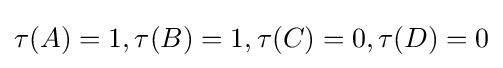
\tau (A)=1,\tau (B)=1,\tau (C)=0,\tau (D)=0